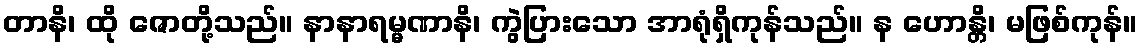
တာနိ၊ ထို ဇောတို့သည်။ နာနာရမ္မဏာနိ၊ ကွဲပြားသော အာရုံရှိကုန်သည်။ န ဟောန္တိ၊ မဖြစ်ကုန်။